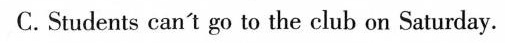
C.Students can't go to the club on Saturday.